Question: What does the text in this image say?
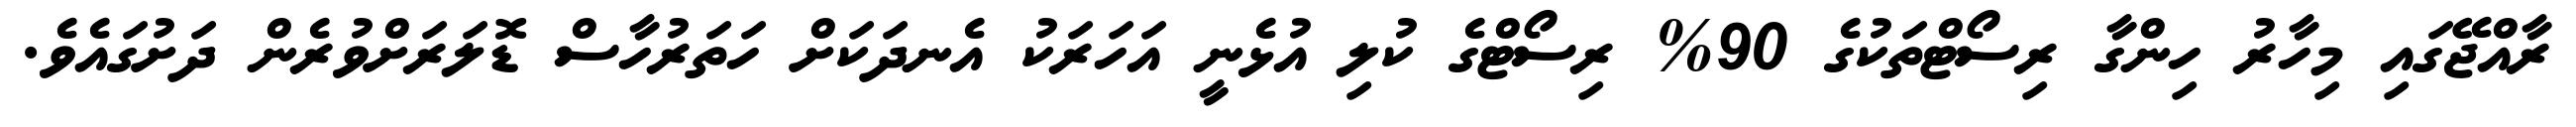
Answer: ރާއްޖޭގައި މިހާރު ހިންގާ ރިސޯޓްތަކުގެ 90% ރިސޯޓްގެ ކުލި އުޅެނީ އަހަރަކު އެނދަކަށް ހަތަރުހާސް ޑޮލަރަށްވުރެން ދަށުގައެވެ.